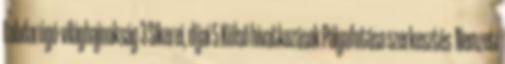
Labdarúgó-világbajnokság 3 Sikerei, díjai 5 Külső hivatkozások Pályafutása szerkesztés Nemzeti